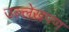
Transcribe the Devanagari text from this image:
उल्लेखपण